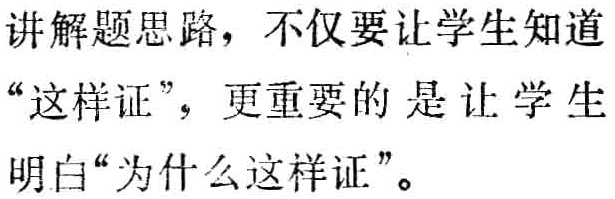
讲解题思路，不仅要让学生知道“这样证”，更重要的是让学生明白“为什么这样证”。